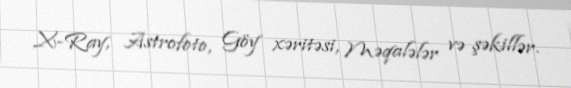
X-Ray, Astrofoto, Göy xəritəsi, Məqalələr və şəkillər.